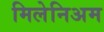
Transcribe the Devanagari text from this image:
मिलेनिअम